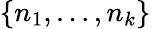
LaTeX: \{ n_{1},\dots,n_{k}\}